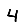
Digit: 4